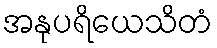
အနုပရိယေသိတံ